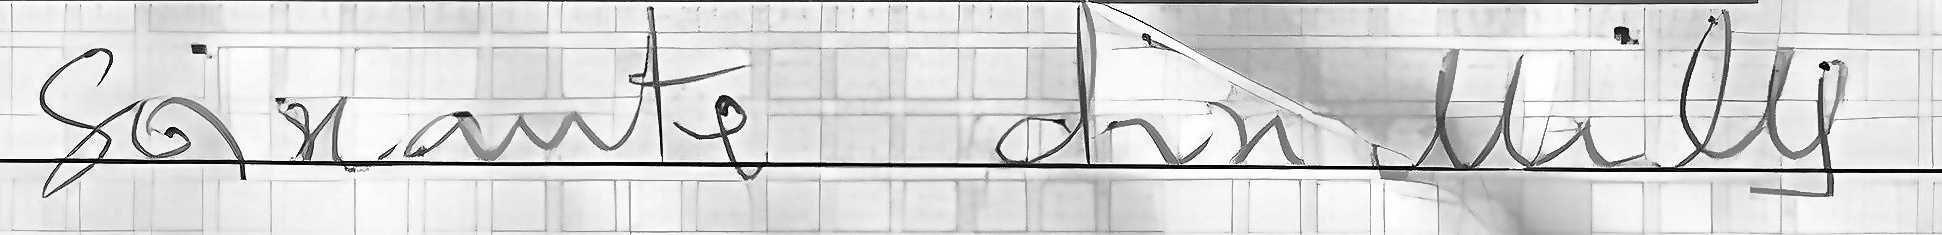
Soixante Dix mille